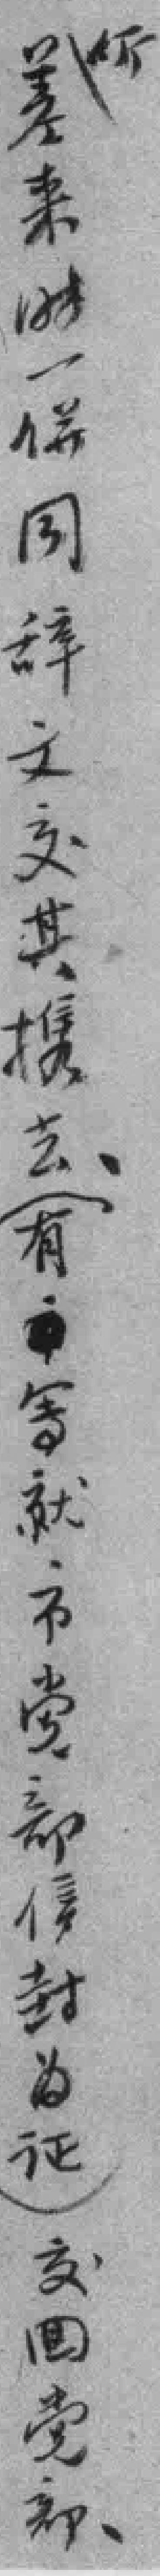
差来时一併同辞文交其携去（有写就市党部信封为证）交囬党部